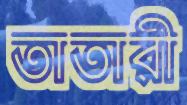
তাতারী